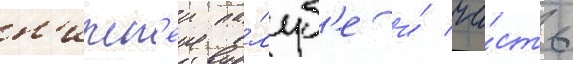
н'ижн'еи па́луб'е и́ ча́сть